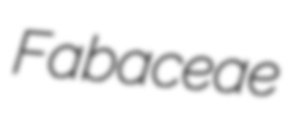
Fabaceae